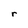
Character: r